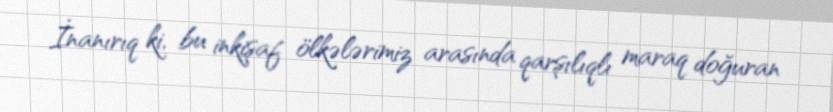
İnanırıq ki, bu inkişaf ölkələrimiz arasında qarşılıqlı maraq doğuran